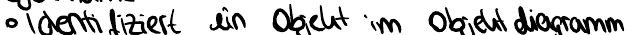
Identifiziert ein Objekt im Objektdiagramm